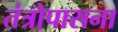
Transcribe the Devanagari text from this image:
तंत्रोपासना